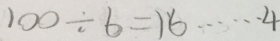
1 0 0 \div 6 = 1 6 \cdots 4